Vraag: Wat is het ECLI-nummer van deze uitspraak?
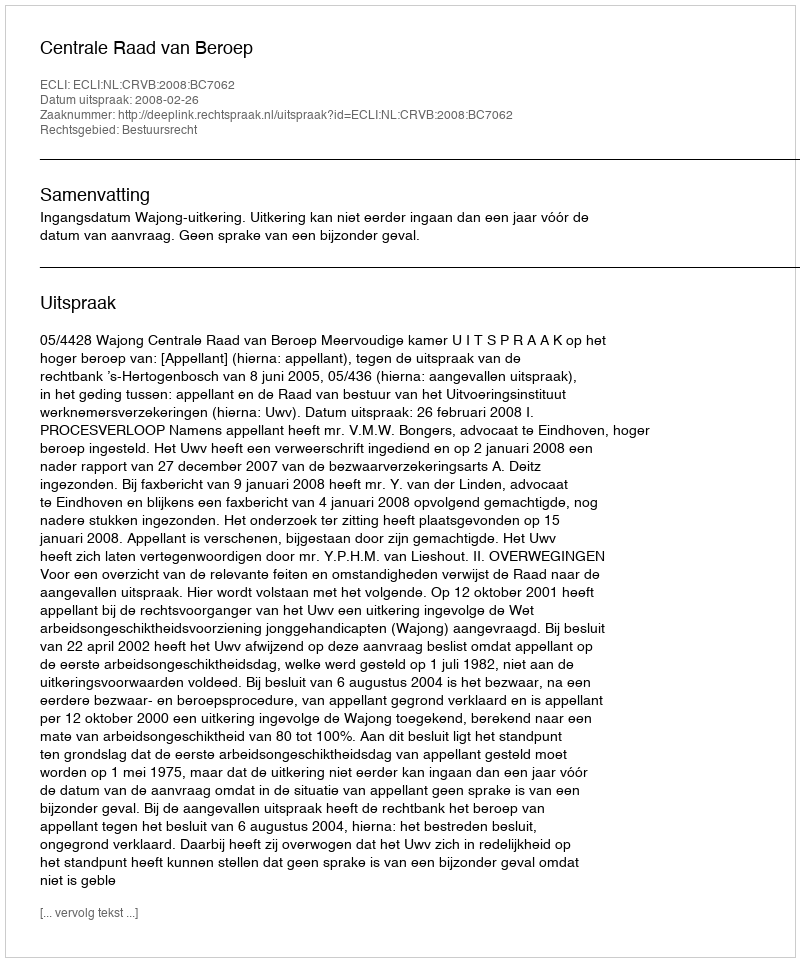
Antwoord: ECLI:NL:CRVB:2008:BC7062